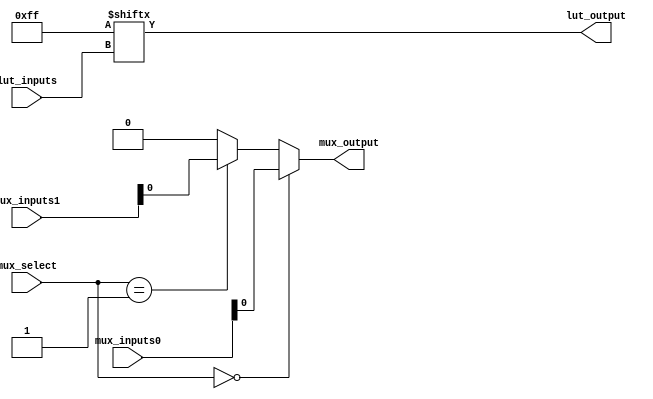
module CLB (
    input  wire [3:0] lut_inputs,   // 4 input LUT
    input  wire [1:0] mux_select,    // MUX select signal
    input  wire [3:0] mux_inputs0,   // MUX inputs set 0
    input  wire [3:0] mux_inputs1,   // MUX inputs set 1
    output wire       lut_output,     // Output from the LUT
    output wire       mux_output       // Output from the MUX
);

    // Example configuration for 4-input LUT (truth table values)
    reg [15:0] lut_config;  // 16 possible entries for 4-input LUT

    // Initialize LUT configuration truth table
    // For demonstration, let's assume a simple AND function
    initial begin
        lut_config = 16'b0000000011111111; // A AND B logic (assumed for 4-bit input)
    end

    // LUT implementation
    assign lut_output = lut_config[{lut_inputs[3], lut_inputs[2], lut_inputs[1], lut_inputs[0]}];

    // MUX implementation
    assign mux_output = (mux_select == 2'b00) ? mux_inputs0 :
                        (mux_select == 2'b01) ? mux_inputs1 :
                        4'b0000; // Default case

endmodule